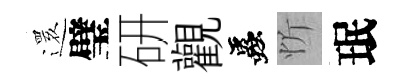
𮟃璧研觀蟲忻珉